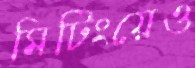
মিটিংয়েও